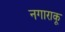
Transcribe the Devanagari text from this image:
नगाराकू